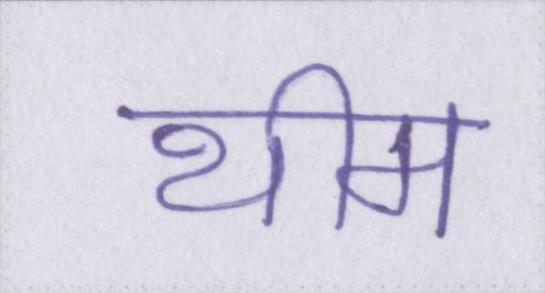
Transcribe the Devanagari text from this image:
थीम